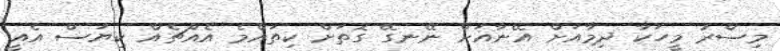
މިޞްރު މީހަކާ ދިމާއަށް އޭނާއަށް ނޭނގޭ ގޮތަށް ކިތައްމެ އެއްޗެއް ކިޔަސް އެއީ